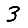
Digit: 3